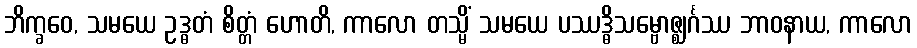
ဘိက္ခဝေ, သမယေ ဥဒ္ဓတံ စိတ္တံ ဟောတိ, ကာလော တသ္မိံ သမယေ ပဿဒ္ဓိသမ္ဗောဇ္ဈင်္ဂဿ ဘာဝနာယ, ကာလော